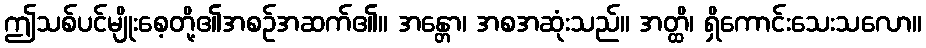
ဤသစ်ပင်မျိုးစေ့တို့၏အစဉ်အဆက်၏။ အန္တော၊ အစအဆုံးသည်။ အတ္ထိ၊ ရှိကောင်းသေးသလော။